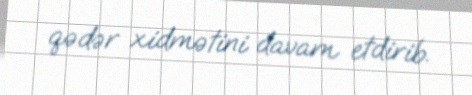
qədər xidmətini davam etdirib.